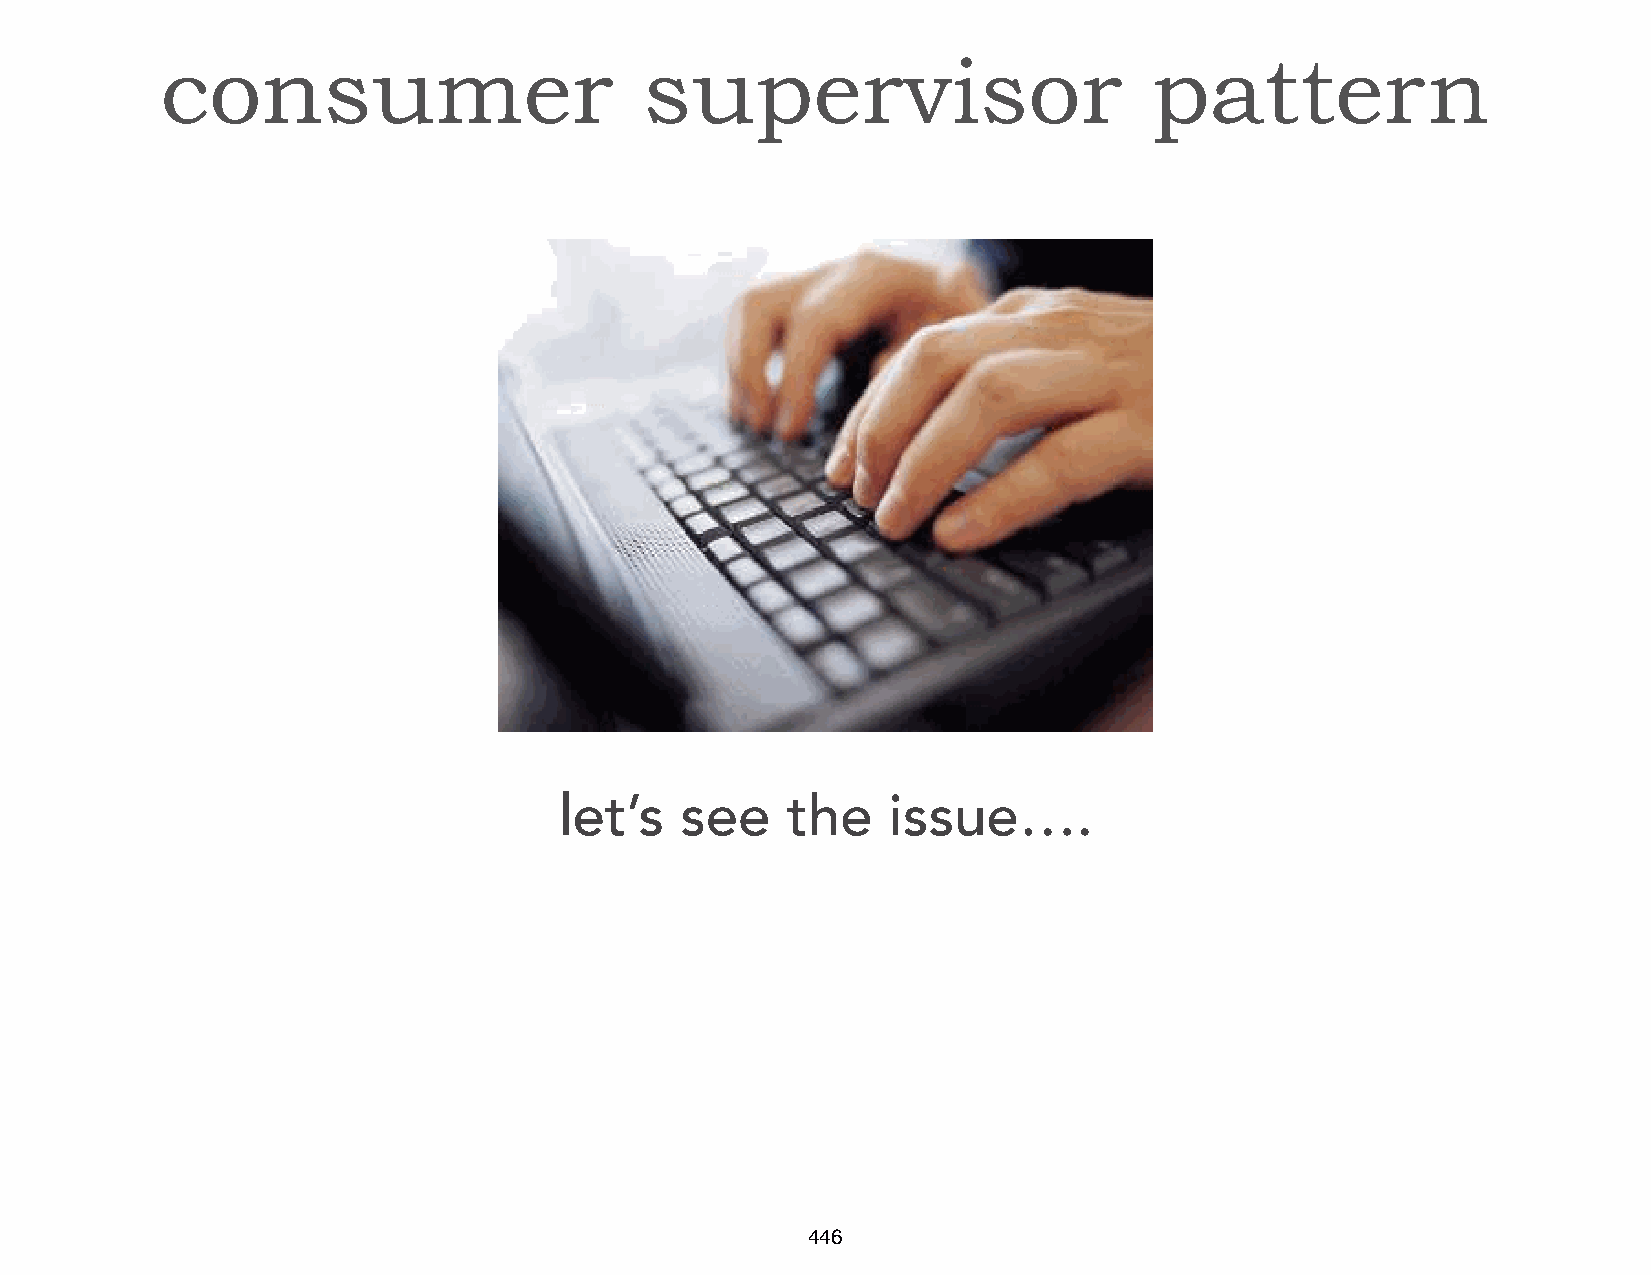
consumer                        supervisor                       pattern
 let’s   see    the    issue….
 446